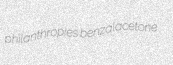
philanthropies benzalacetone